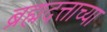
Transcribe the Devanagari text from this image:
ब्रह्मदत्ताच्या